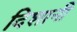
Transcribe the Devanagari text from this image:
दिशानी